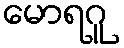
မောရဂူ